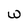
Character: W